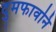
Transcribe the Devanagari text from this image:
दुमफावनि